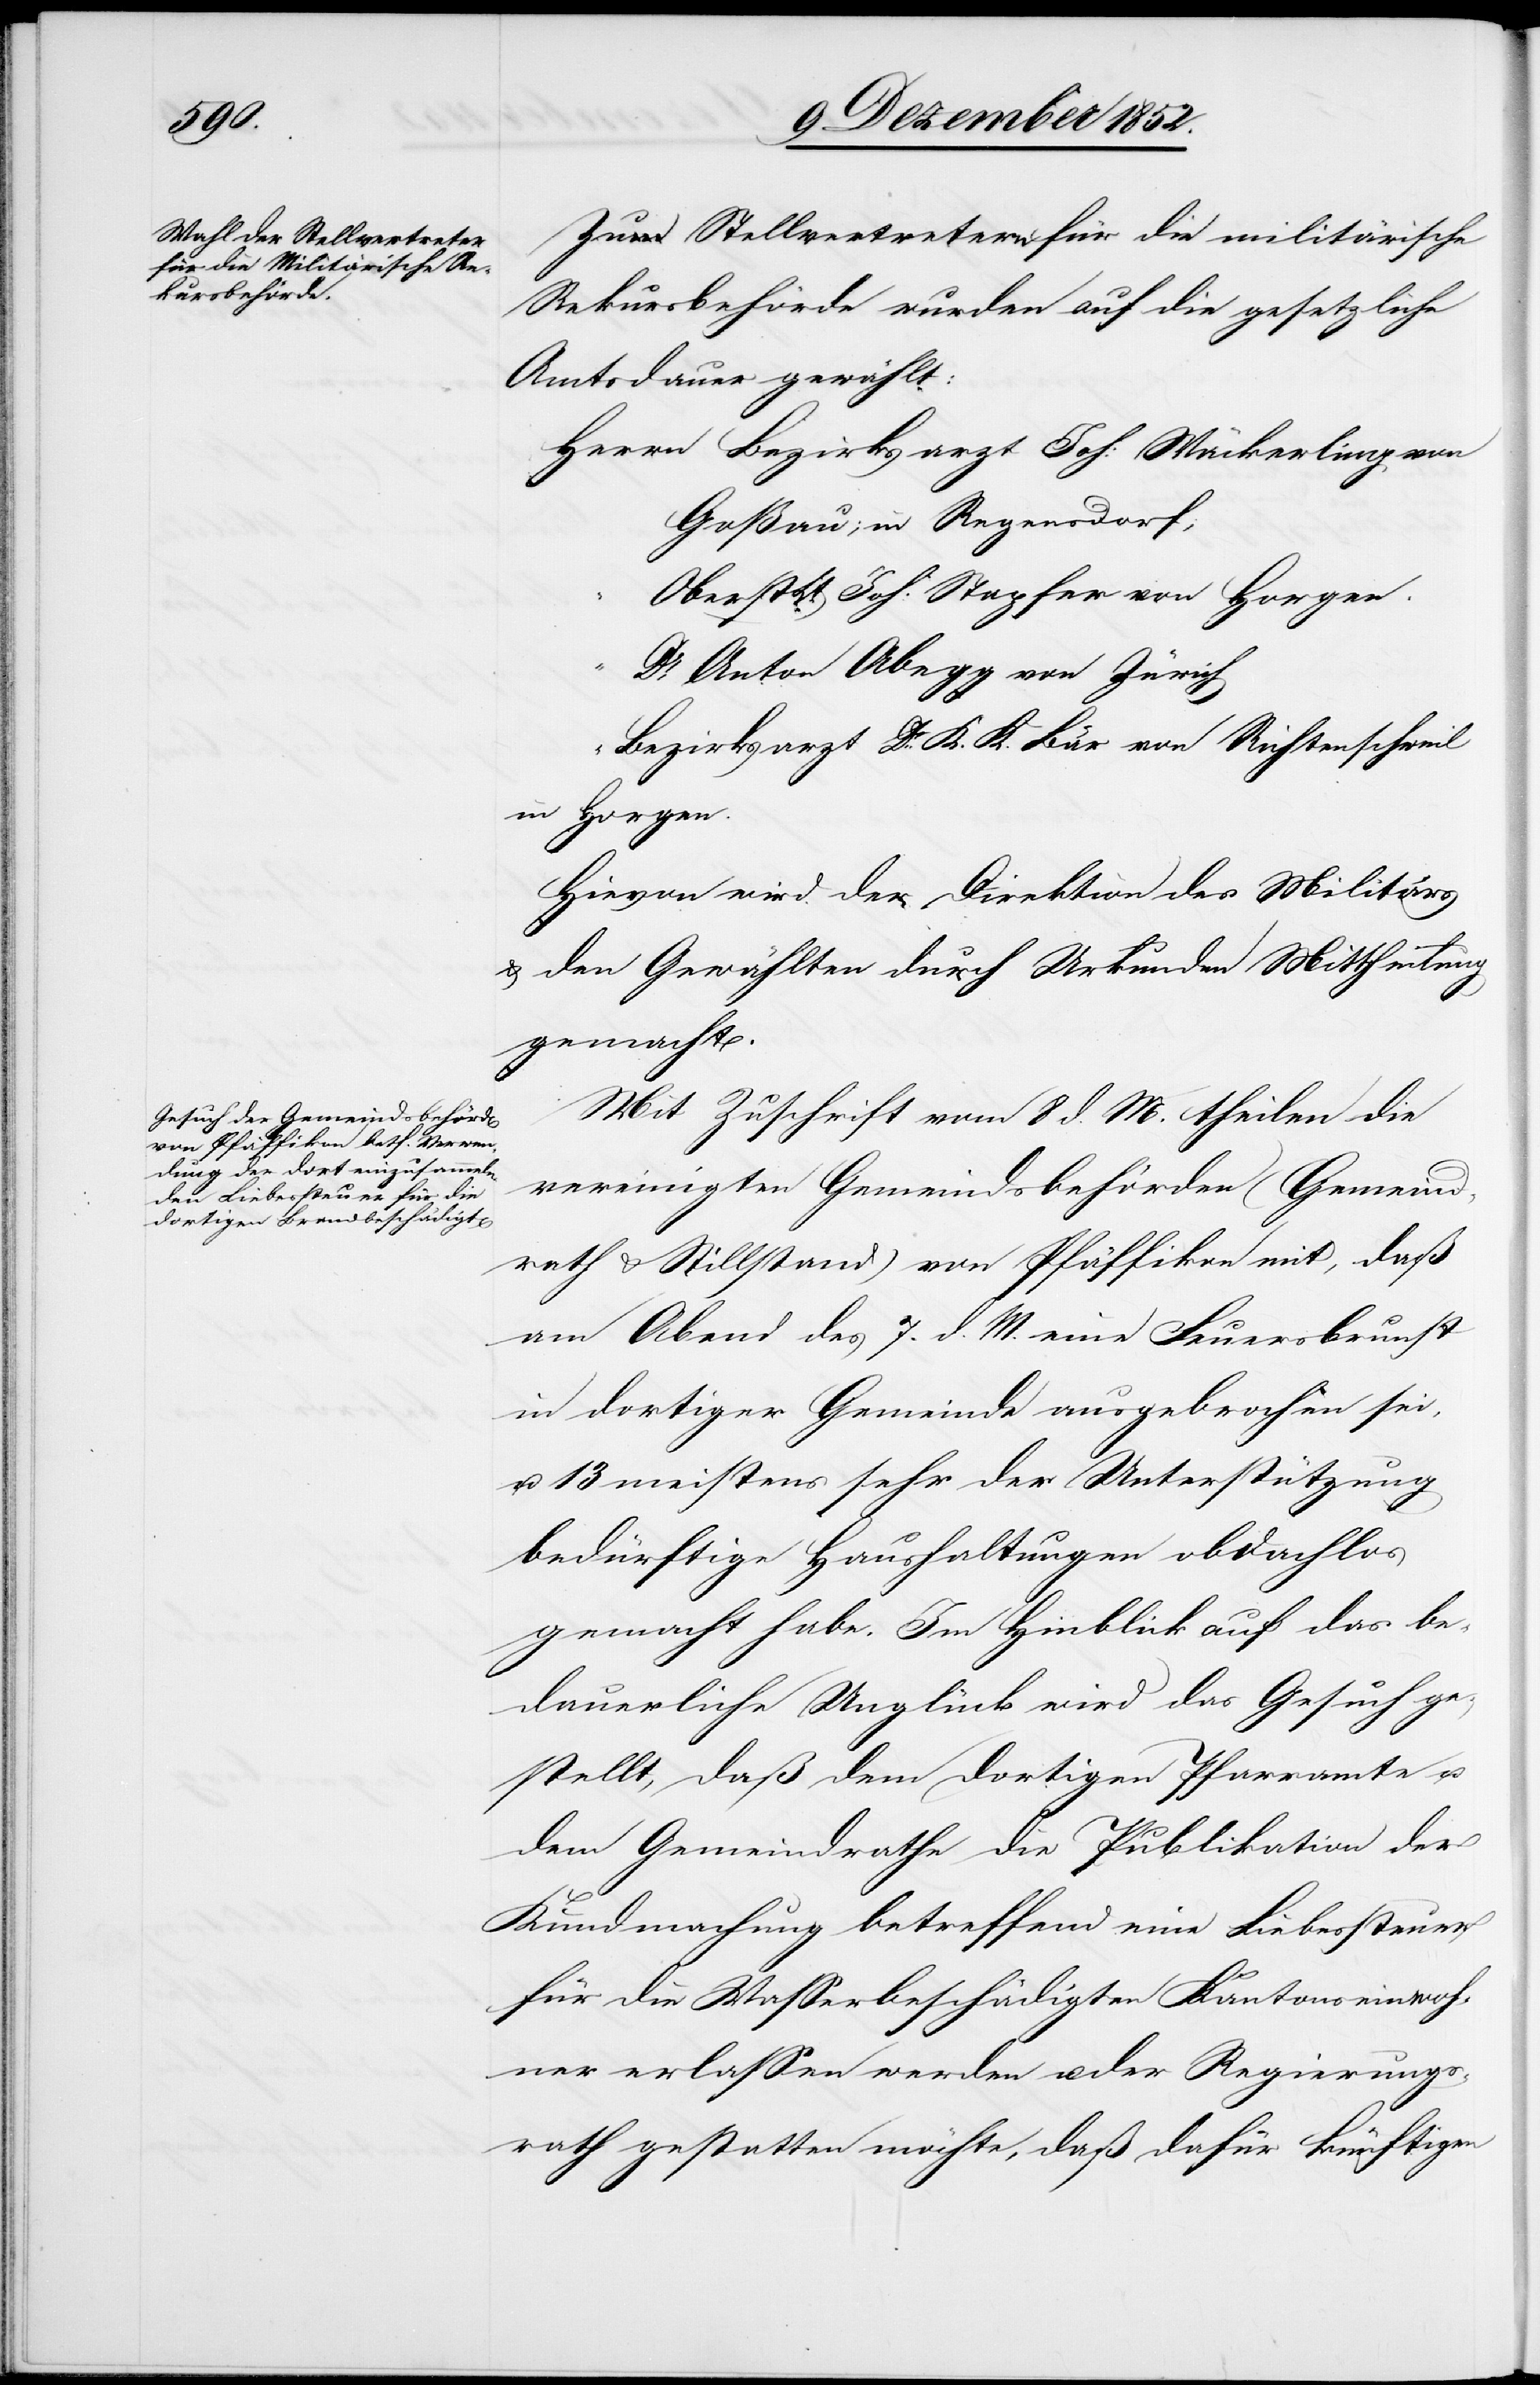
Zu Stellvertretern für die militärische
Rekursbehörde wurden auf die gesetzliche
Amtsdauer gewählt:
Goßau; in Regensdorf;
Oberst Lt. Joh: Stapfer von Horgen.
Dr. Anton Abegg von Zürich
Bezirksarzt Dr. K. K. Bär von Richtenschweil
in Horgen.
Hievon wird der Direktion des Militärs
& den Gewählten durch Urkunden Mittheilung
gemacht.
Mit Zuschrift vom 8 d. M. theilen die
vereinigten Gemeindsbehörden (Gemeind¬
rath & Stillstand) von Pfäffikon mit, daß
am Abend des 7. d. M. eine Feuersbrunst
in dortiger Gemeinde ausgebrochen sei,
u. 13 meistens sehr der Unterstützung
bedürftige Haushaltungen obdachlos
gemacht habe. Im Hinblick auf das be¬
dauerliche Unglück wird das Gesuch ge¬
stellt, daß dem dortigen Pfarramte u.
dem Gemeindrathe die Publikation der
Kundmachung betreffend eine Liebessteuer
für die Wasserbeschädigten Kantonseinwoh¬
ner erlassen werden u. der Regierungs¬
rath gestatten möchte, daß dafür künftigen